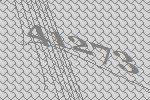
41273